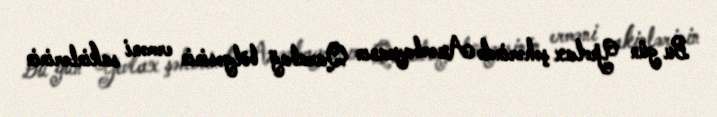
Bu gün Yevlax şəhərində Azərbaycanın Qarabağ bölgəsinin erməni sakinlərinin